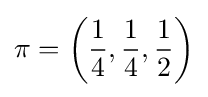
\pi =\left({\frac {1}{4}},{\frac {1}{4}},{\frac {1}{2}}\right)